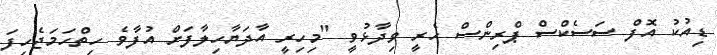
ޑިއުކު އޮފް ސަސެކްސް ޕްރިންސް ހެރީ ވިދާޅުވީ "މިހިރީ އާދަޔާހިލާފަށް އުފާވެ ހިތްހަމަޖެހިފަ